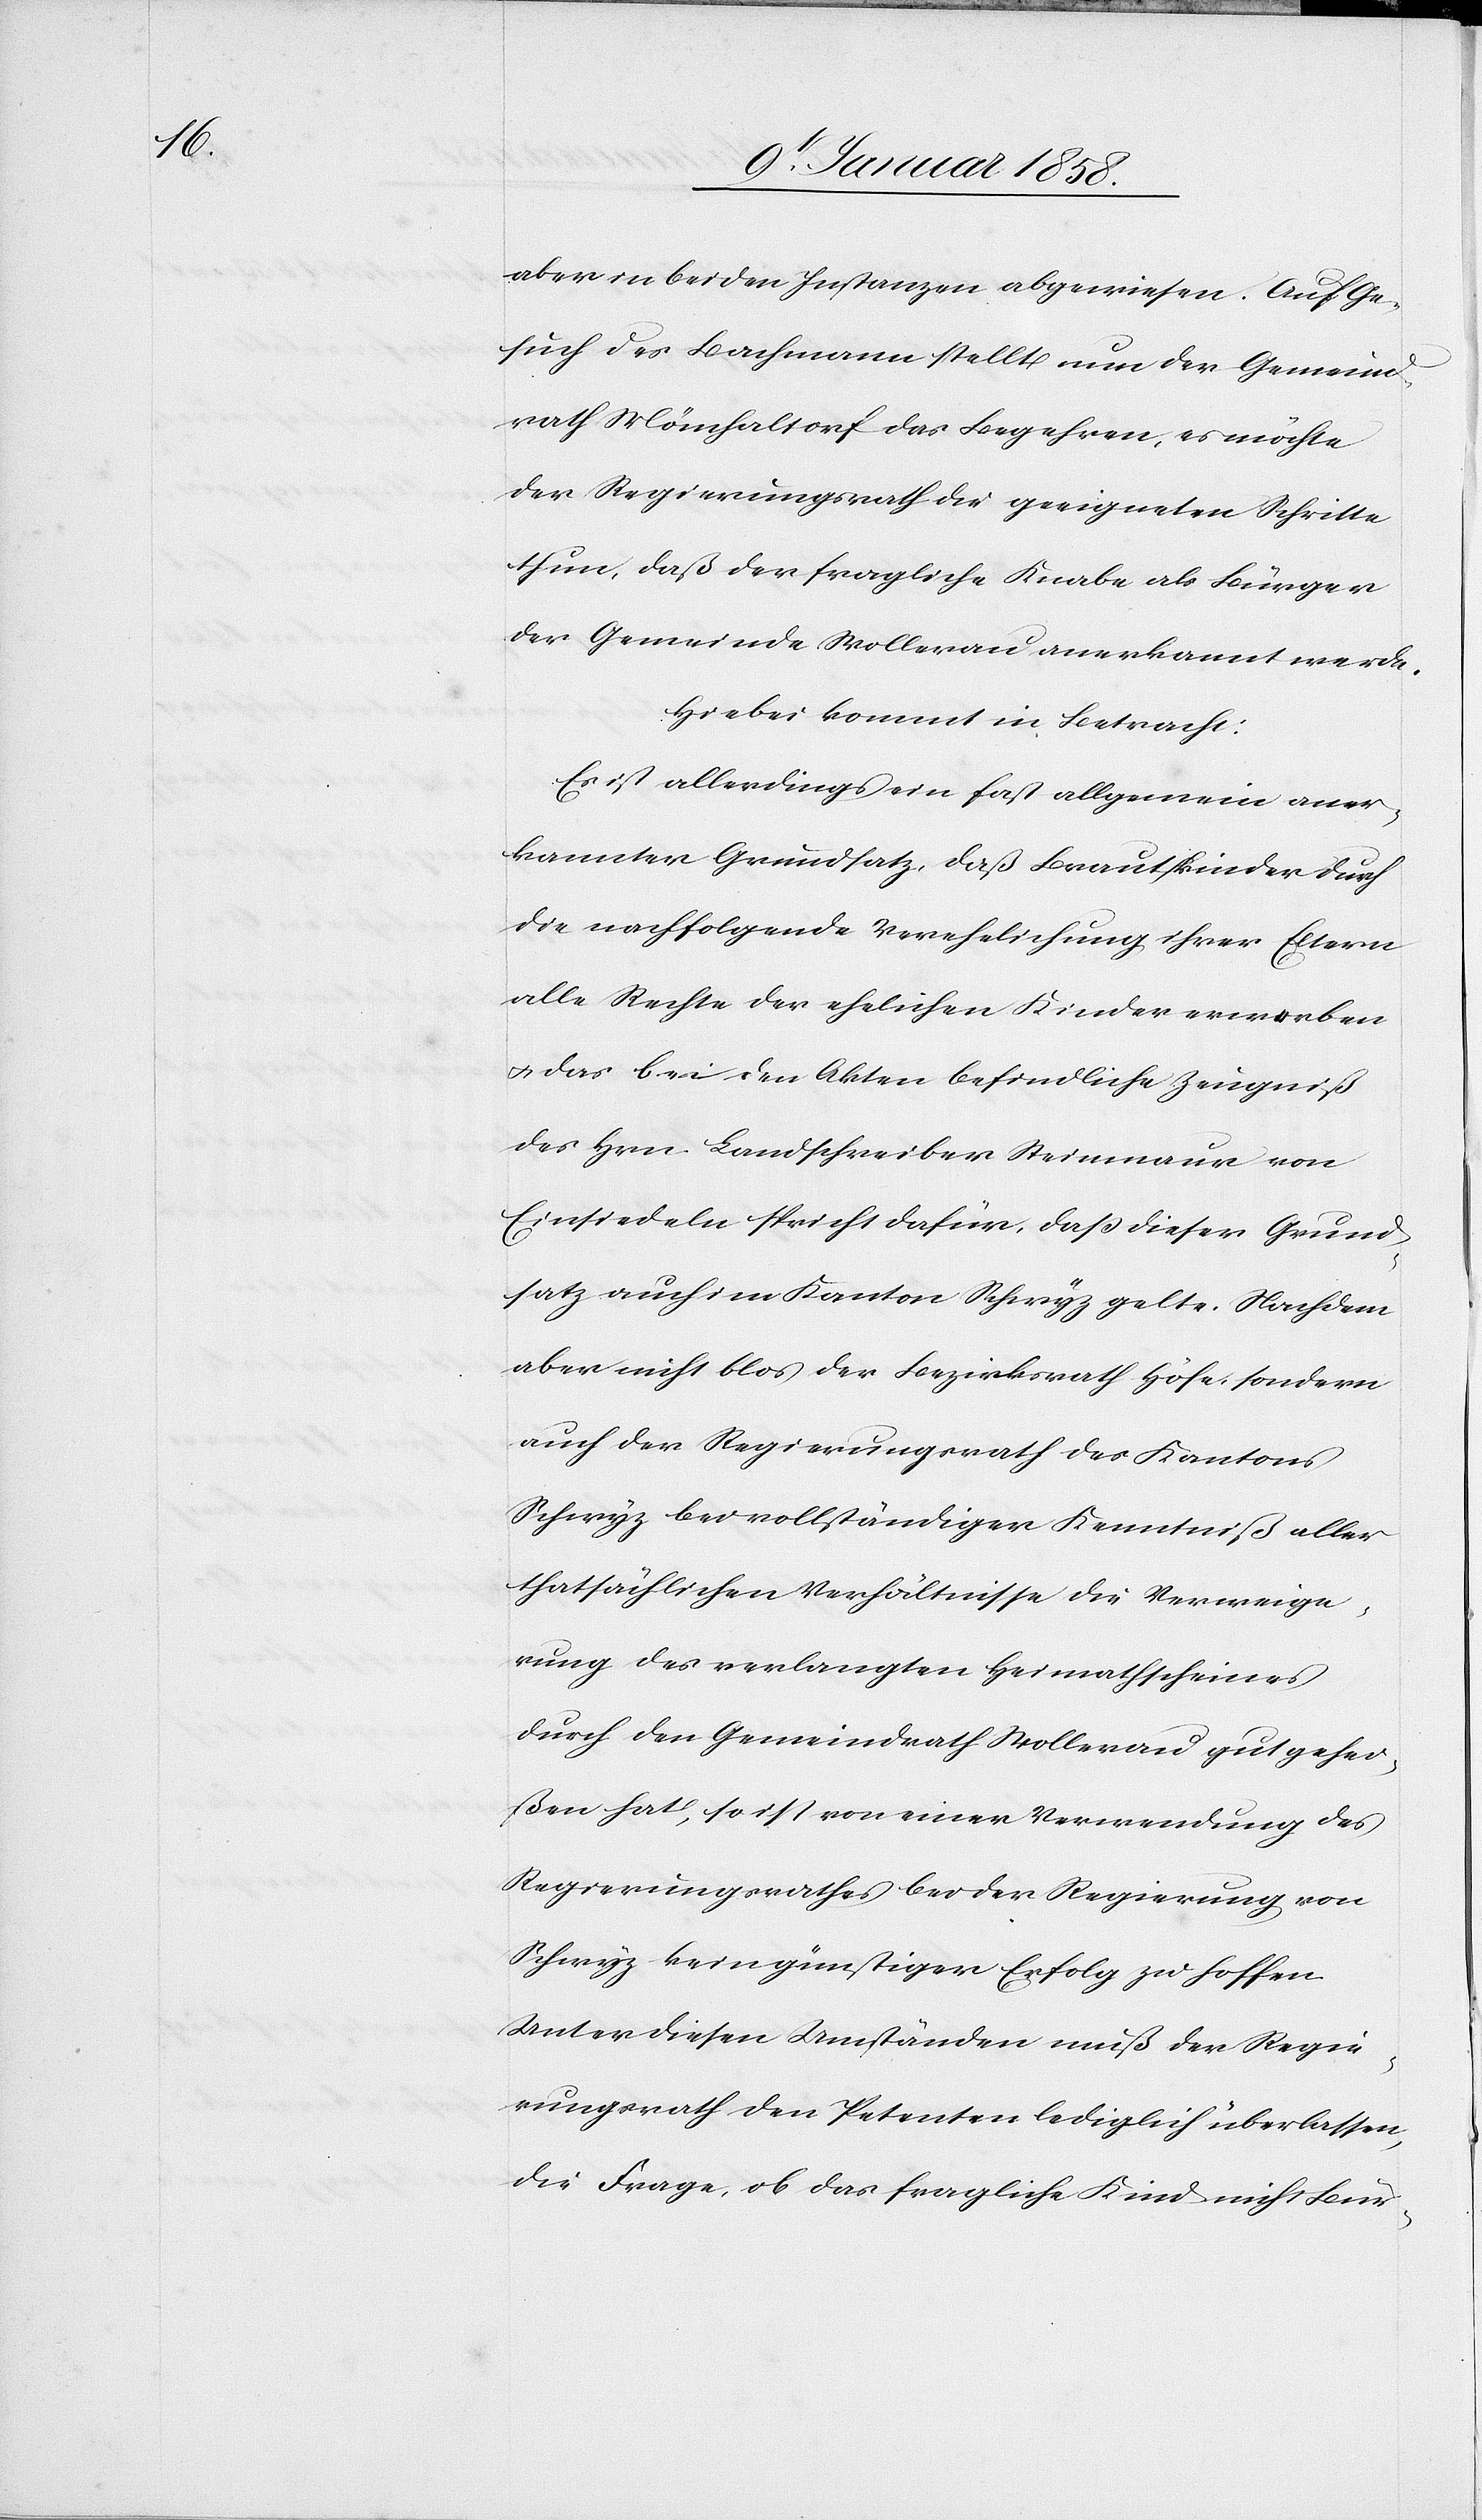
aber in beiden Instanzen abgewiesen. Auf Ge¬
such des Bachmann stellt nun der Gemeind¬
rath Mönchaltorf das Begehren, es möchte
der Regierungsrath die geeigneten Schritte
thun, daß der fragliche Knabe als Bürger
der Gemeinde Wollerau anerkannt werde.
Hiebei kommt in Betracht:
Es ist allerdings ein fast allgemein aner¬
kannter Grundsatz, daß Brautkinder durch
die nachfolgende Verehelichung ihrer Eltern
alle Rechte der ehelichen Kinder erwerben
u. das bei den Akten befindliche Zeugniß
des Hrn Landschreiber Steinmaur von
Einsiedeln spricht dafür, daß dieser Grund¬
satz auch im Kanton Schwyz gelte. Nachdem
aber nicht blos der Bezirksrath Höfe, sondern
auch der Regierungsrath des Kantons
Schwyz bei vollständiger Kenntniß aller
thatsächlichen Verhältnisse die Verweige¬
rung des verlangten Heimatscheines
durch den Gemeindrath Wollerau gutgehei¬
ßen hat, so ist von einer Verwendung des
Regierungsrathes bei der Regierung von
Schwyz kein günstiger Erfolg zu hoffen.
Unter diesen Umständen muß der Regie¬
rungsrath den Petenten lediglich überlassen,
die Frage, ob das fragliche Kind nicht Bür-